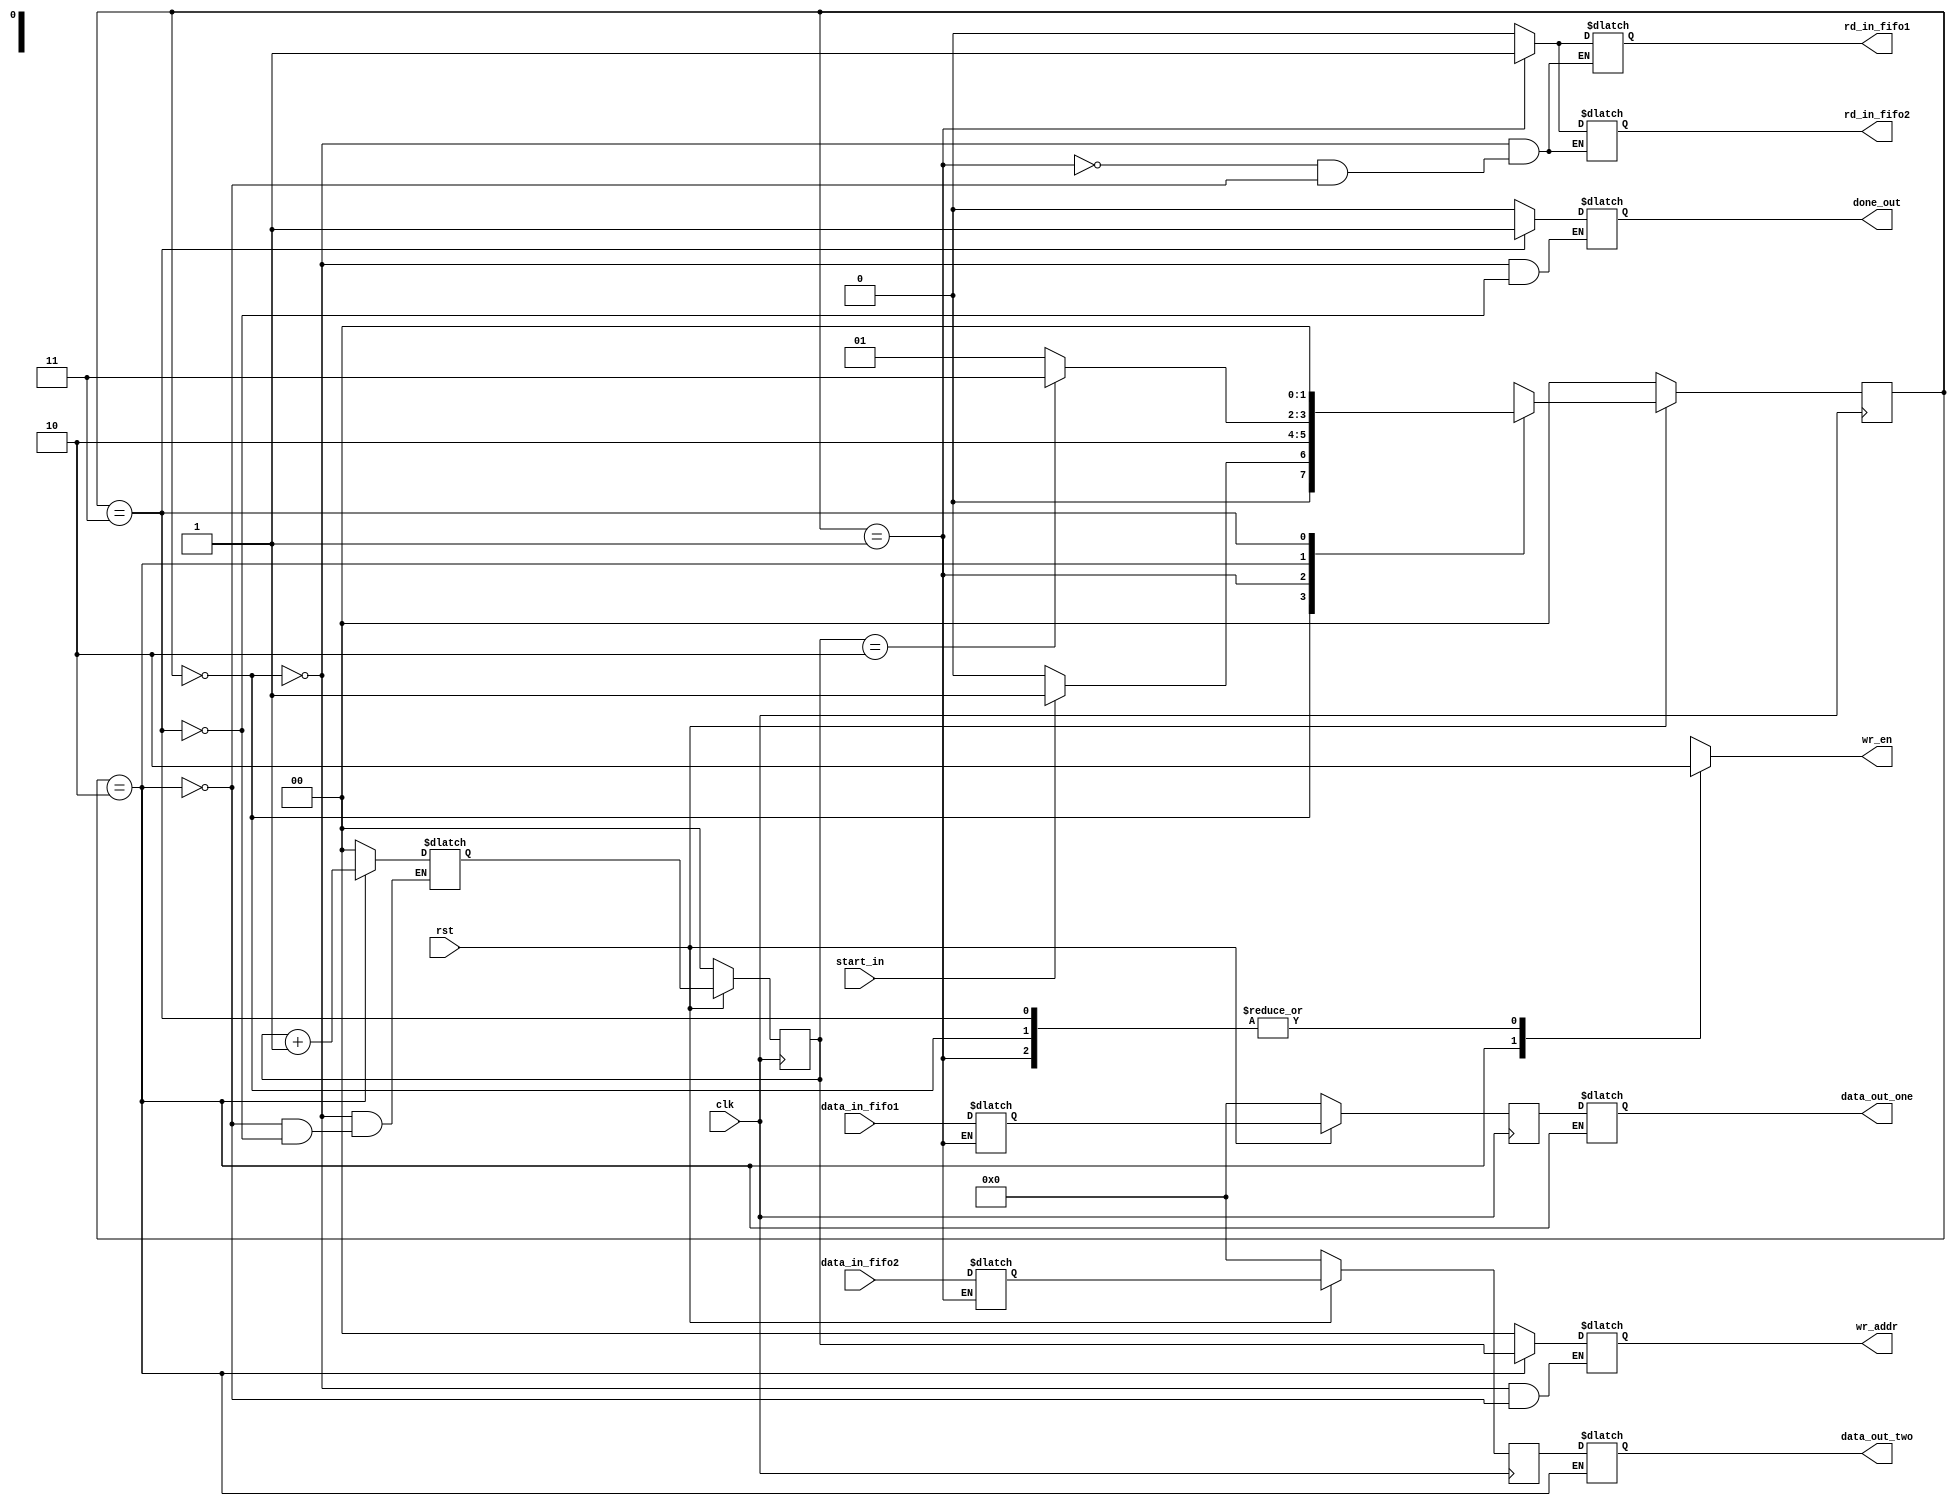
/******************************************************************************
@ddblock_begin copyright

Copyright (c) 1999-2013
Maryland DSPCAD Research Group, The University of Maryland at College Park 

Permission is hereby granted, without written agreement and without
license or royalty fees, to use, copy, modify, and distribute this
software and its documentation for any purpose, provided that the above
copyright notice and the following two paragraphs appear in all copies
of this software.

IN NO EVENT SHALL THE UNIVERSITY OF MARYLAND BE LIABLE TO ANY PARTY
FOR DIRECT, INDIRECT, SPECIAL, INCIDENTAL, OR CONSEQUENTIAL DAMAGES
ARISING OUT OF THE USE OF THIS SOFTWARE AND ITS DOCUMENTATION, EVEN IF
THE UNIVERSITY OF MARYLAND HAS BEEN ADVISED OF THE POSSIBILITY OF
SUCH DAMAGE.

THE UNIVERSITY OF MARYLAND SPECIFICALLY DISCLAIMS ANY WARRANTIES,
INCLUDING, BUT NOT LIMITED TO, THE IMPLIED WARRANTIES OF
MERCHANTABILITY AND FITNESS FOR A PARTICULAR PURPOSE. THE SOFTWARE
PROVIDED HEREUNDER IS ON AN "AS IS" BASIS, AND THE UNIVERSITY OF
MARYLAND HAS NO OBLIGATION TO PROVIDE MAINTENANCE, SUPPORT, UPDATES,
ENHANCEMENTS, OR MODIFICATIONS.

@ddblock_end copyright
******************************************************************************/

/*******************************************************************************
This FSM implements a nested FSM for mode 1 of the inner product actor.
*******************************************************************************/

/*******************************************************************************
*  Parameters:      A. size -- the number of tokens (integers) in each
*                   input vector. So, if size = N, then this actor
*                   performs an N x N inner product.
*                   B. width -- the bit width for the integer data type
*                   used in the inner product operations
*******************************************************************************/
`timescale 1ns/1ps

module load_loc_mem_FSM_3
        #(parameter size = 3, width = 10)(  
        input clk, rst,
        input start_in,
        input [width - 1 : 0] data_in_fifo1, data_in_fifo2,
        output reg rd_in_fifo1, rd_in_fifo2,
        output reg done_out,
        output reg wr_en,
        output reg [log2(size) - 1 : 0] wr_addr,
        output reg [width - 1 : 0] data_out_one,
        output reg [width - 1 : 0] data_out_two);

    localparam START = 2'b00, STATE0 = 2'b01, STATE1 = 2'b10, END = 2'b11;
  
    reg [1 : 0] state, next_state;
    reg [width - 1 : 0] temp_reg_one, temp_reg_two, next_temp_reg_one, 
            next_temp_reg_two;
    reg [log2(size) - 1 : 0] counter, next_counter;
  
    always @(posedge clk)
    begin
        if (!rst)
        begin 
            state <= START;
            counter <= 0;
	          temp_reg_one <= 0;
       	    temp_reg_two <= 0;
        end
        else
        begin 
            state <= next_state;
            counter <= next_counter;
            temp_reg_one <= next_temp_reg_one;
            temp_reg_two <= next_temp_reg_two;
        end
    end

    always @(state, start_in, counter)
    begin 
        case (state)
        START:
	      begin 
            wr_en <= 0;
            done_out <= 0;
            next_counter <= 0;
            rd_in_fifo1 <= 0;
            rd_in_fifo2 <= 0;
            wr_addr <= 0;
            if (start_in)
                next_state <= STATE0;
            else
                next_state <= START;		    
        end
        STATE0:
        begin 
            wr_en <= 0;
            rd_in_fifo1 <= 1;
            rd_in_fifo2 <= 1;
            next_temp_reg_one <= data_in_fifo1;
            next_temp_reg_two <= data_in_fifo2;
            next_state <= STATE1;
        end
        STATE1:
        begin 
            next_counter <= counter + 1;
            wr_en <= 1;
            rd_in_fifo1 <= 0;
            rd_in_fifo2 <= 0;
            wr_addr <= counter;
            data_out_one <= temp_reg_one;
            data_out_two <= temp_reg_two;
            if (counter == (size - 1))
                next_state <= END;
            else
                next_state <= STATE0;
        end
        END:
        begin 
            done_out <= 1;
            next_counter <= 0;
            wr_en <= 0;
            next_state <= START;
        end
        endcase
    end

    function integer log2;
    input [31 : 0] value;
    begin
        value = value - 1;
        for (log2 = 0; value > 0; log2 = log2 + 1) begin
            value = value >> 1;
        end
    end
    endfunction 

endmodule